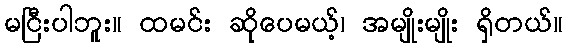
မငြီးပါဘူး။ ထမင်း ဆိုပေမယ့်၊ အမျိုးမျိုး ရှိတယ်။